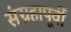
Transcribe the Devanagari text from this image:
संग्रहापूर्वी